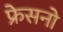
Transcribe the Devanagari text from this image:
फ्रेसनो